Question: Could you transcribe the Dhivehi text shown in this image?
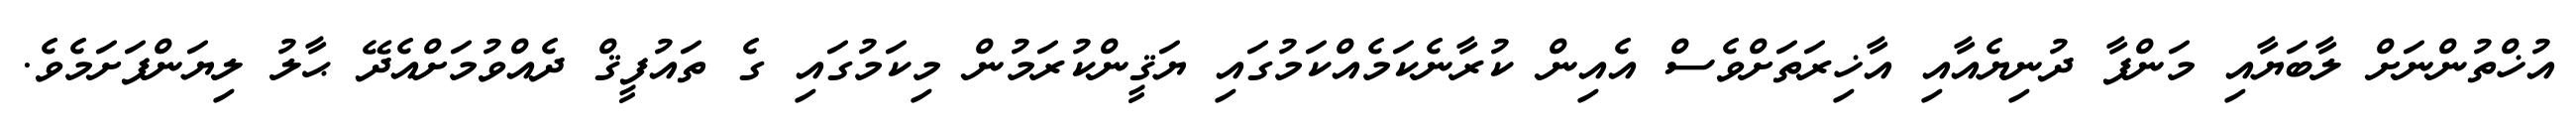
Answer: އުޚްތުންނަށް ލާބަޔާއި މަންފާ ދުނިޔެއާއި އާޚިރަތަށްވެސް އެއިން ކުރާނެކަމެއްކަމުގައި ޔަޤީންކުރަމުން މިކަމުގައި ގެ ތައުފީޤް ދެއްވުމަށްއެދޭ ޙާލު ލިޔަންފަށަމެވެ.